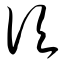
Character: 顷